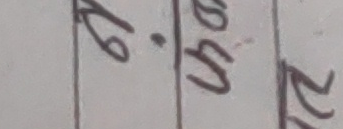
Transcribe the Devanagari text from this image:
७.५२ २२